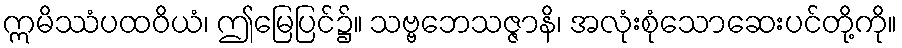
ဣမိဿံပထဝိယံ၊ ဤမြေပြင်၌။ သဗ္ဗဘေသဇ္ဇာနိ၊ အလုံးစုံသောဆေးပင်တို့ကို။